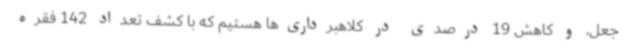
جعل، و کاهش 19 درصدی در کلاهبرداری‌ها هستیم که با کشف تعداد 142 فقره